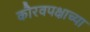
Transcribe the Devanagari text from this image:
कौरवपक्षाच्या